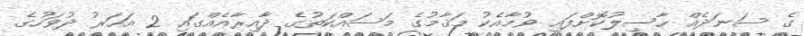
ގެ ސަނަދެއް ހާސިލުކޮށްފައި ވުމާއެކު މަޤާމުގެ މަސައްކަތުގެ ދާއިރާއެއްގައި 2 އަހަރު ދުވަހުގެ